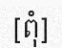
[ពុំ]